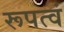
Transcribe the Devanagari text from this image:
रूपत्वं